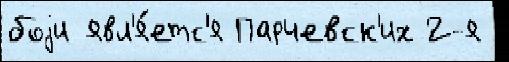
боjи явл'я́етс'я Парчевск'их 2-я